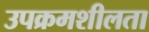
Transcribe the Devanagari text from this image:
उपक्रमशीलता